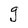
Character: g